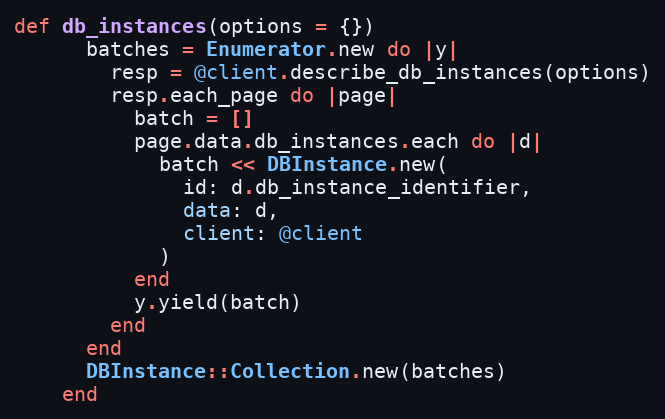
Language: Ruby
def db_instances(options = {})
      batches = Enumerator.new do |y|
        resp = @client.describe_db_instances(options)
        resp.each_page do |page|
          batch = []
          page.data.db_instances.each do |d|
            batch << DBInstance.new(
              id: d.db_instance_identifier,
              data: d,
              client: @client
            )
          end
          y.yield(batch)
        end
      end
      DBInstance::Collection.new(batches)
    end